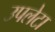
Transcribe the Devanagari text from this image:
उपलेटा